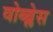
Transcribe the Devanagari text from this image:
वोब्ब्लेस